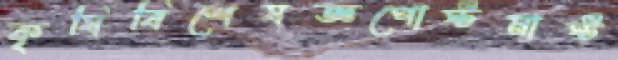
কৃষিবিশেষজ্ঞপোস্টমাস্ট